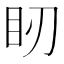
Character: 䀔